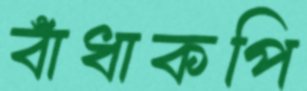
বাঁধাকপি